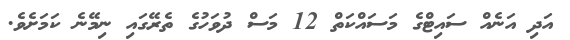
އަދި އަނެއް ސައިޓްގެ މަސައްކަތް 12 މަސް ދުވަހުގެ ތެރޭގައި ނިމޭނެ ކަމަށެވެ.